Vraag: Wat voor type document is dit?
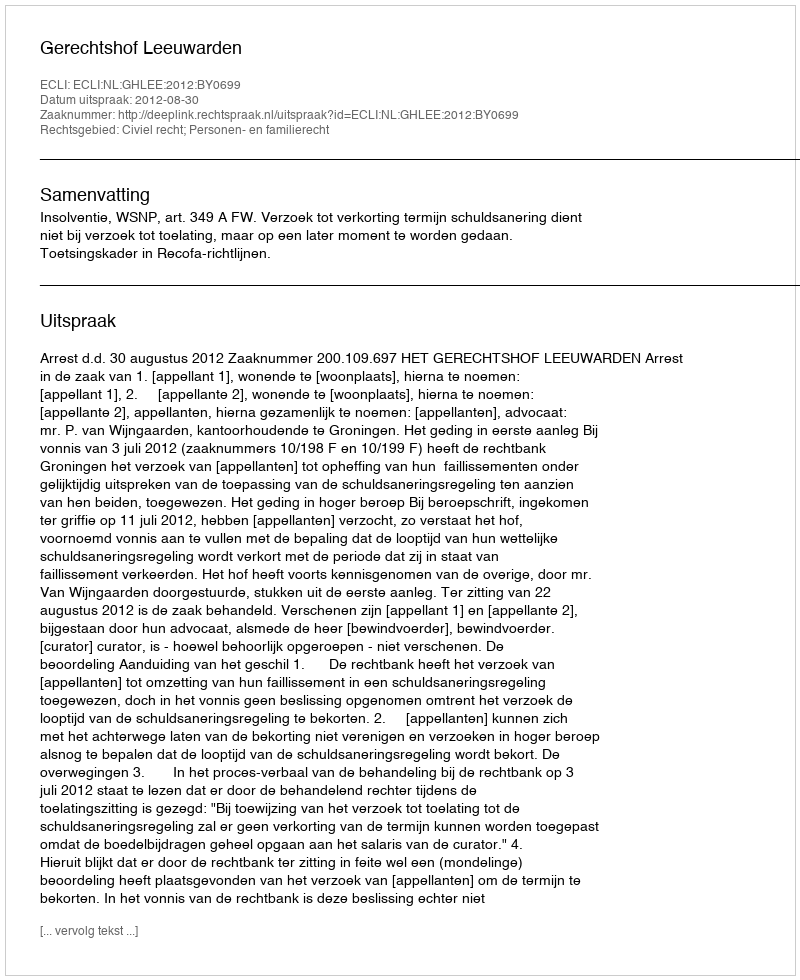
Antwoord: Uitspraak